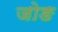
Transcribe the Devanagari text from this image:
जोङ